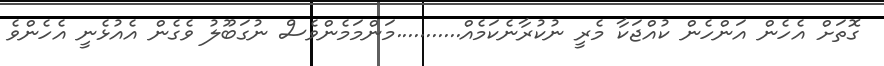
ގޮތަށް އެހެން އަންހެން ކުއްޖަކާ މެރީ ނުކުރާނެކަމެއް...........މަންމަމެންވެސް ނުގަބޫލު ވެގެން އެއުޅެނީ އެހެންވެ